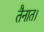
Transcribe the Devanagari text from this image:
तैनात।